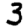
Digit: 3